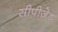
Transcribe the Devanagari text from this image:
सीपीज़ेड